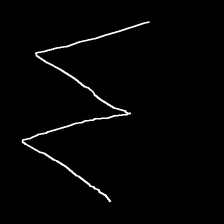
Glyph: crush